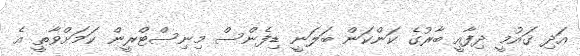
އަދި ޤައުމީ ދިފާއީ ބާރުގެ ކަންކަން ބަލަނީ ޑިފެންސް މިނިސްޓްރީން ކަމަށްވާތީ އެ